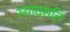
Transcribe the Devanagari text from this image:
स्यादसति